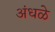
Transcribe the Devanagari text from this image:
अंधळे